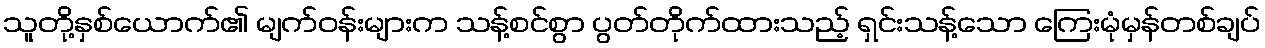
သူတို့နှစ်ယောက်၏ မျက်ဝန်းများက သန့်စင်စွာ ပွတ်တိုက်ထားသည့် ရှင်းသန့်သော ကြေးမုံမှန်တစ်ချပ်